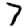
Digit: 7